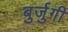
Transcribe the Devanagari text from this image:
बुर्जुगी